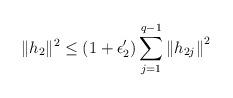
LaTeX: \begin{align*}\|h_2\|^2\leq(1+\epsilon_2')\sum_{j=1}^{q-1}\left\|h_{2j}\right\|^2\end{align*}